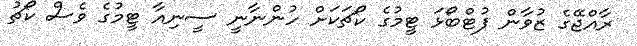
ރާއްޖޭގެ ޒުވާން ފުޓްބޯޅަ ޓީމުގެ ކޯޗަކަށް ހުންނާނީ ސީނިއާ ޓީމުގެ ވެސް ކޯޗު